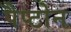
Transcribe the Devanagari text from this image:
पैप्टोन